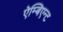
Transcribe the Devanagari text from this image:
ऐम्बिएन्ट